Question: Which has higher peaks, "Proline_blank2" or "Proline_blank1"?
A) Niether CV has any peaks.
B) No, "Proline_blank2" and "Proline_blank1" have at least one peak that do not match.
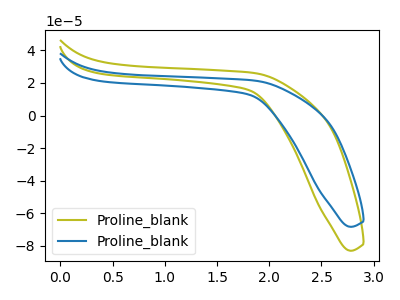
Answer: <think>The olive curve "Proline_blank1" has no peaks. The blue curve "Proline_blank2" has no peaks.</think>
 <answer>A) Niether CV has any peaks.</answer>
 <eval>A</eval>